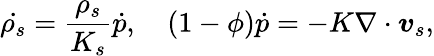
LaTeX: \dot{\rho_{s}}=\frac{\rho_{s}}{K_{s}}\dot{p},\quad(1-\phi)\dot{p}=-K\nabla\cdot\boldsymbol{v}_{s},